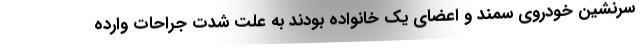
سرنشین خودروی سمند و اعضای یک خانواده بودند به علت شدت جراحات وارده